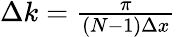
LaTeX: \begin{array}{r}{\Delta k=\frac{\pi}{\left(N-1\right)\Delta x}}\end{array}